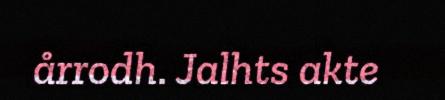
årrodh. Jalhts akte